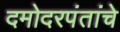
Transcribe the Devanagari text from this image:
दमोदरपंतांचे